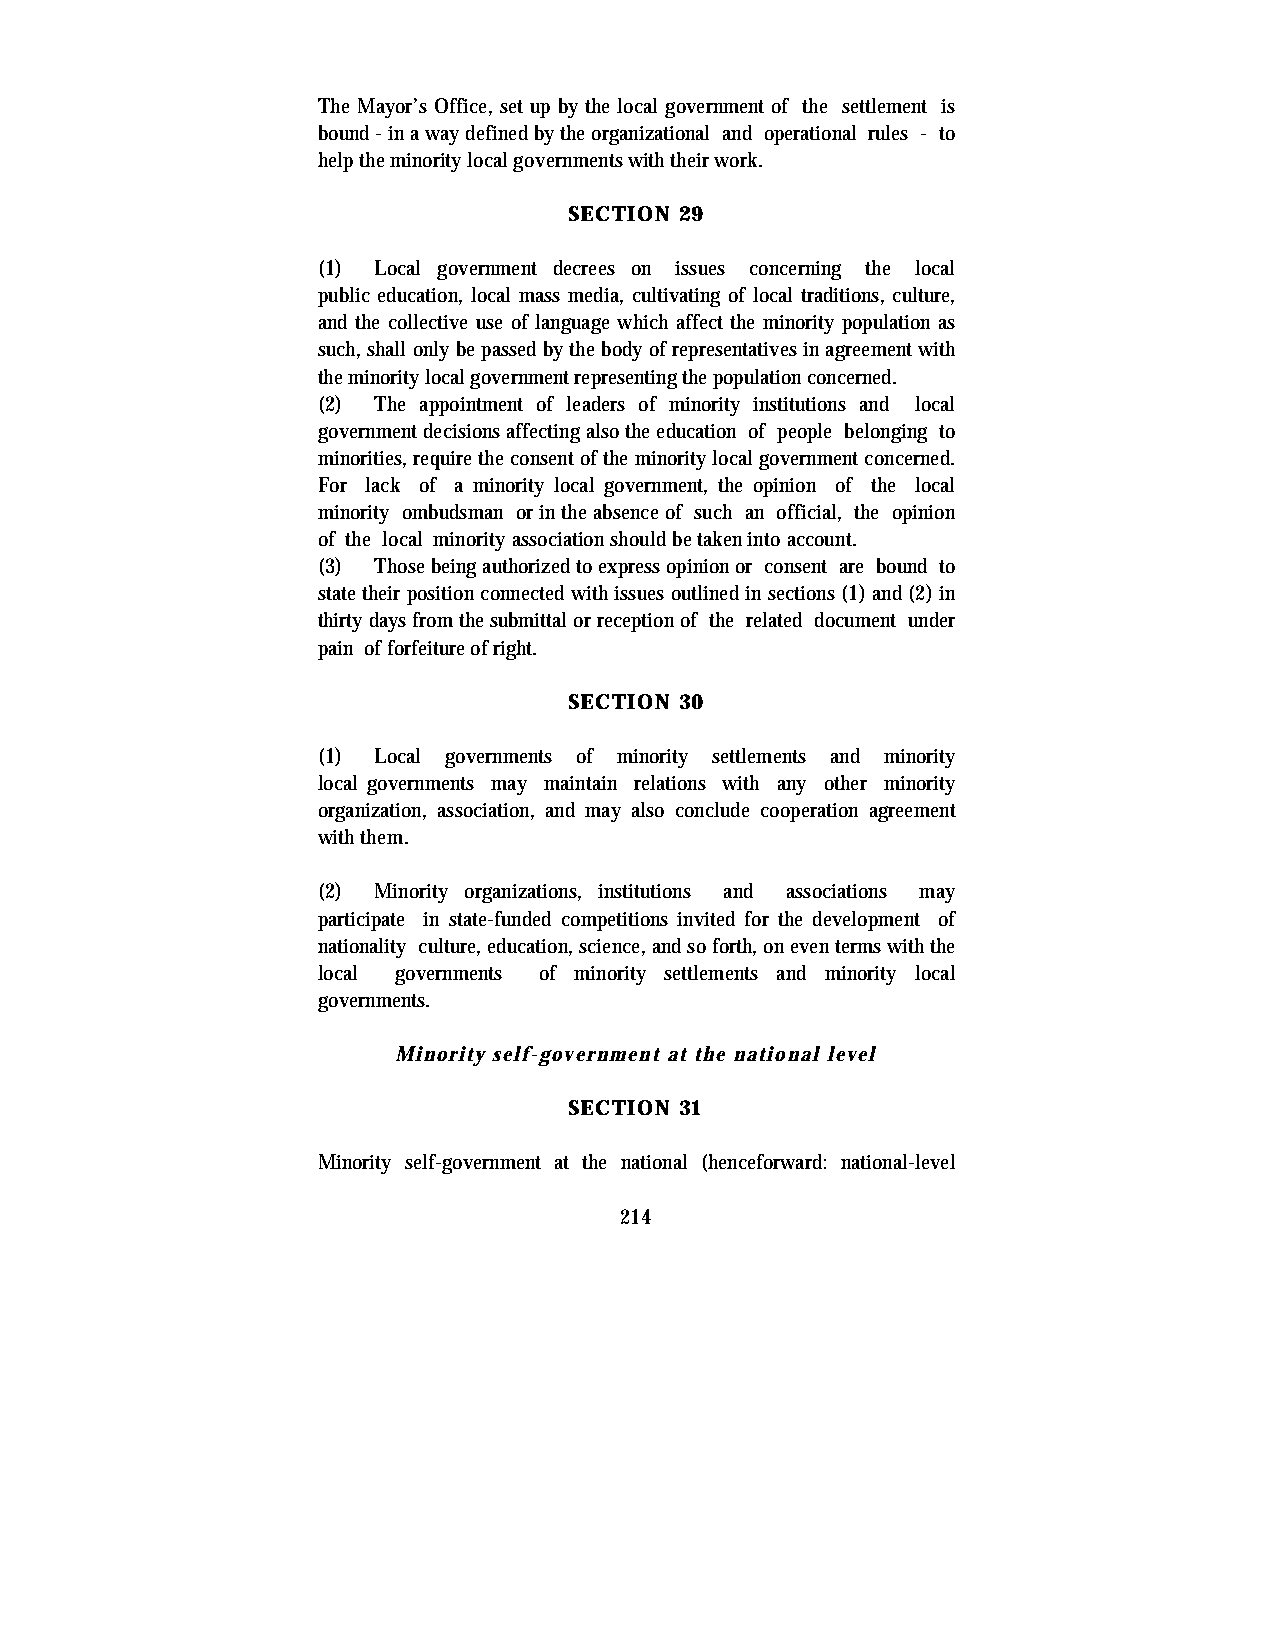
The Mayor’s Office, set up by the local government of the settlement is
 bound - in a way defined by the organizational and operational rules - to
 help the minority local governments with their work.
 SECTION 29
 (1) Local government decrees on issues concerning the local
 public education, local mass media, cultivating of local traditions, culture,
 and the collective use of language which affect the minority population as
 such, shall only be passed by the body of representatives in agreement with
 the minority local government representing the population concerned.
 (2) The appointment of leaders of minority institutions and local
 government decisions affecting also the education of people belonging to
 minorities, require the consent of the minority local government concerned.
 For lack of a minority local government, the opinion of the local
 minority ombudsman or in the absence of such an official, the opinion
 of the local minority association should be taken into account.
 (3) Those being authorized to express opinion or consent are bound to
 state their position connected with issues outlined in sections (1) and (2) in
 thirty days from the submittal or reception of the related document under
 pain of forfeiture of right.
 SECTION 30
 (1) Local governments of minority settlements and minority
 local governments may maintain relations with any other minority
 organization, association, and may also conclude cooperation agreement
 with them.
 (2) Minority organizations, institutions and associations may
 participate in state-funded competitions invited for the development of
 nationality culture, education, science, and so forth, on even terms with the
 local governments of minority settlements and minority local
 governments.
 Minority self-government at the national level
 SECTION 31
 Minority self-government at the national (henceforward: national-level
 214